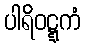
ပါရိဝဋ္ဋကံ